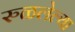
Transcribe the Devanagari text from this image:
रुळलेल्या